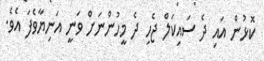
ކޮޅުން އައި ދެ ސައިކަލް ޖެހި ދެ މީހުންނަށް ވަނީ އަނިޔާވެފަ އެވެ.